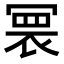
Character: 𭂀